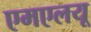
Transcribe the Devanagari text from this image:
एमएलयू